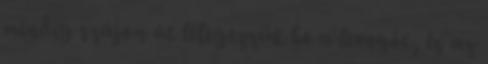
mindig szájon át lélegezzük be a levegőt, és az